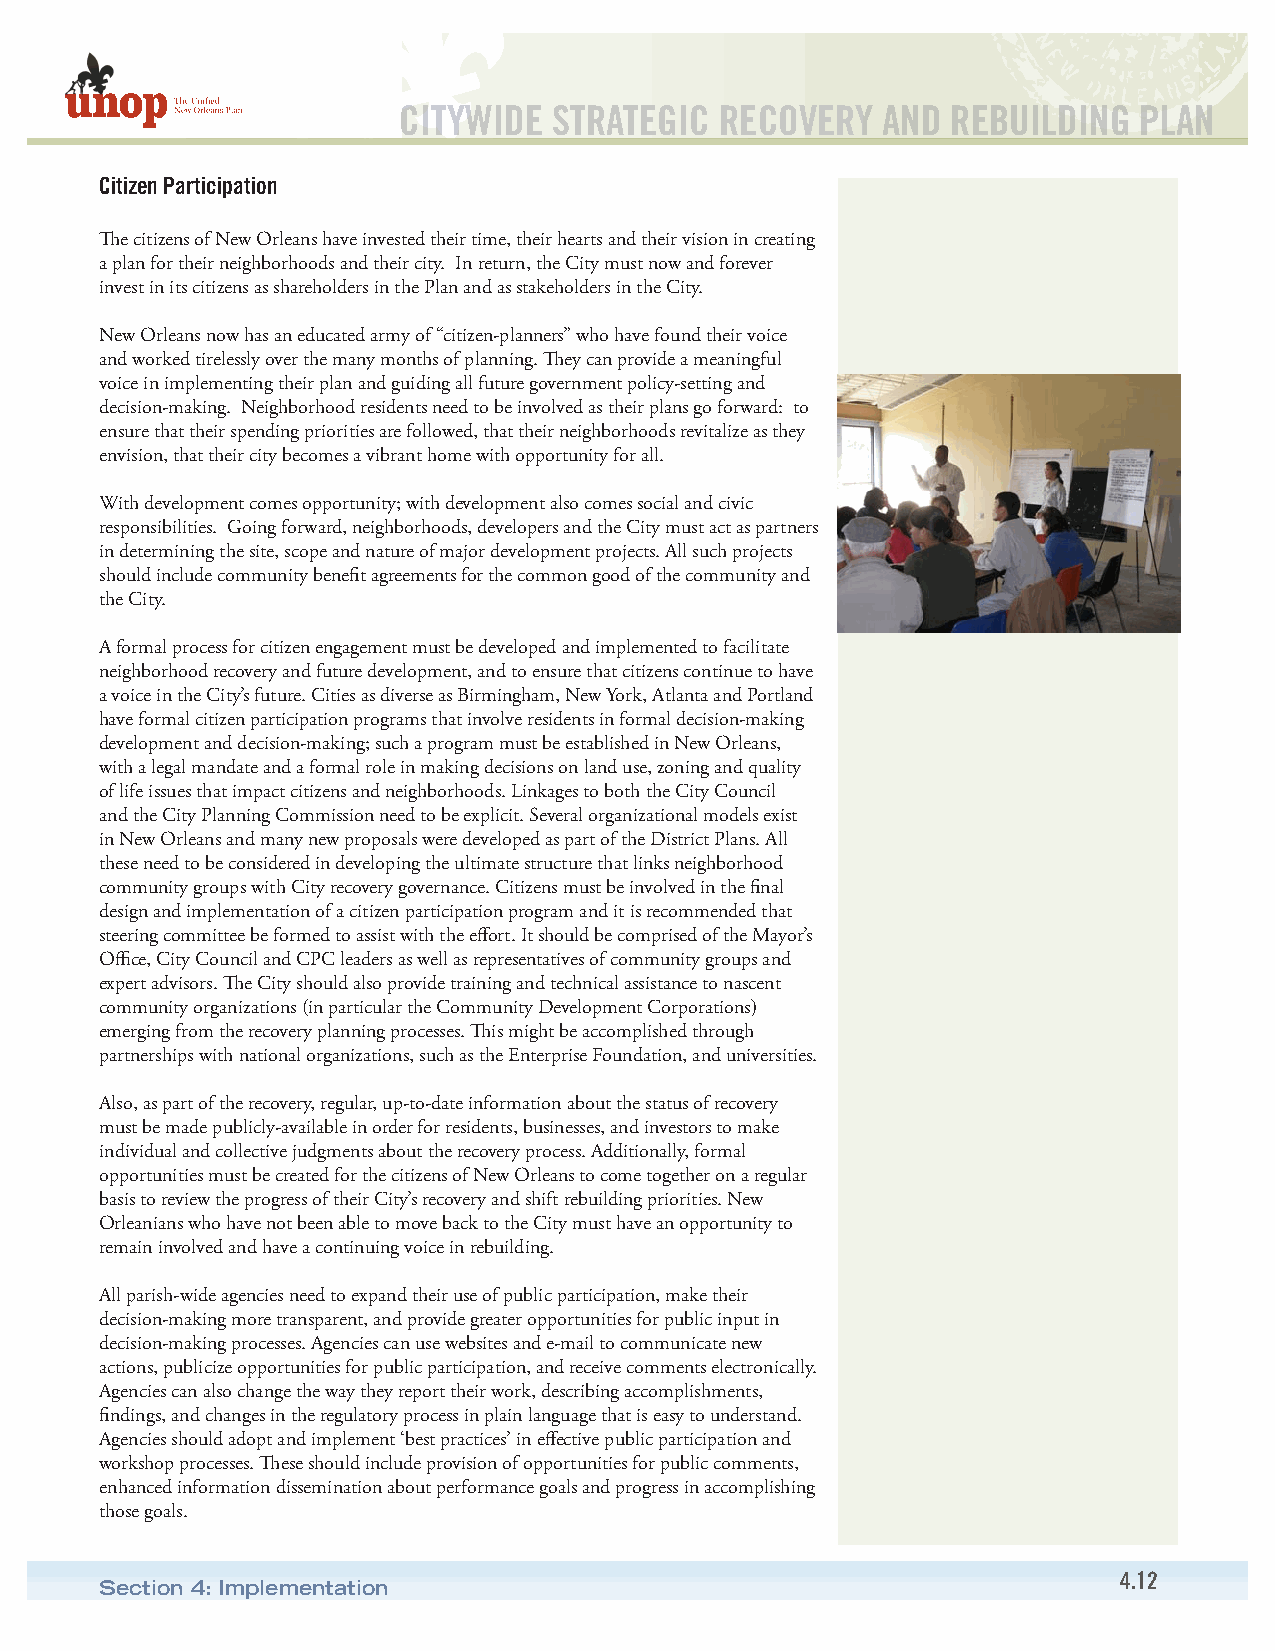
CITYWIDE   STRATEGIC  RECOVERY  AND  REBUILDING  PLAN
 Citizen Participation
 The citizens of New Orleans have invested their time, their hearts and their vision in creating
 a plan for their neighborhoods and their city. In return, the City must now and forever
 invest in its citizens as shareholders in the Plan and as stakeholders in the City.
 New Orleans now has an educated army of “citizen-planners” who have found their voice
 and worked tirelessly over the many months of planning. They can provide a meaningful
 voice in implementing their plan and guiding all future government policy-setting and
 decision-making. Neighborhood residents need to be involved as their plans go forward: to
 ensure that their spending priorities are followed, that their neighborhoods revitalize as they
 envision, that their city becomes a vibrant home with opportunity for all.
 With development comes opportunity; with development also comes social and civic
 responsibilities. Going forward, neighborhoods, developers and the City must act as partners
 in determining the site, scope and nature of major development projects. All such projects
 should include community benefit agreements for the common good of the community and
 the City.
 A formal process for citizen engagement must be developed and implemented to facilitate
 neighborhood recovery and future development, and to ensure that citizens continue to have
 a voice in the City’s future. Cities as diverse as Birmingham, New York, Atlanta and Portland
 have formal citizen participation programs that involve residents in formal decision-making
 development and decision-making; such a program must be established in New Orleans,
 with a legal mandate and a formal role in making decisions on land use, zoning and quality
 of life issues that impact citizens and neighborhoods. Linkages to both the City Council
 and the City Planning Commission need to be explicit. Several organizational models exist
 in New Orleans and many new proposals were developed as part of the District Plans. All
 these need to be considered in developing the ultimate structure that links neighborhood
 community groups with City recovery governance. Citizens must be involved in the final
 design and implementation of a citizen participation program and it is recommended that
 steering committee be formed to assist with the effort. It should be comprised of the Mayor’s
 Office, City Council and CPC leaders as well as representatives of community groups and
 expert advisors. The City should also provide training and technical assistance to nascent
 community organizations (in particular the Community Development Corporations)
 emerging from the recovery planning processes. This might be accomplished through
 partnerships with national organizations, such as the Enterprise Foundation, and universities.
 Also, as part of the recovery, regular, up-to-date information about the status of recovery
 must be made publicly-available in order for residents, businesses, and investors to make
 individual and collective judgments about the recovery process. Additionally, formal
 opportunities must be created for the citizens of New Orleans to come together on a regular
 basis to review the progress of their City’s recovery and shift rebuilding priorities. New
 Orleanians who have not been able to move back to the City must have an opportunity to
 remain involved and have a continuing voice in rebuilding.
 All parish-wide agencies need to expand their use of public participation, make their
 decision-making more transparent, and provide greater opportunities for public input in
 decision-making processes. Agencies can use websites and e-mail to communicate new
 actions, publicize opportunities for public participation, and receive comments electronically.
 Agencies can also change the way they report their work, describing accomplishments,
 findings, and changes in the regulatory process in plain language that is easy to understand.
 Agencies should adopt and implement ‘best practices’ in effective public participation and
 workshop processes. These should include provision of opportunities for public comments,
 enhanced information dissemination about performance goals and progress in accomplishing
 those goals.
 4.12
 Section 4: Implementation